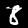
Label: 8